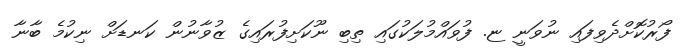
ފޯރުކޮށްދެވިފައި ނުވަނީ ޏ. ފުވައްމުލަކުގައި ތިބި ނޫކަށިފުރައިގެ ޒުވާނުން ކަނޑަށް ނިކުމެ ބާނާ